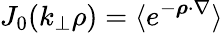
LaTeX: J_{0}(k_{\perp}\rho)=\langle e^{-\boldsymbol{\rho}\cdot{\nabla}}\rangle